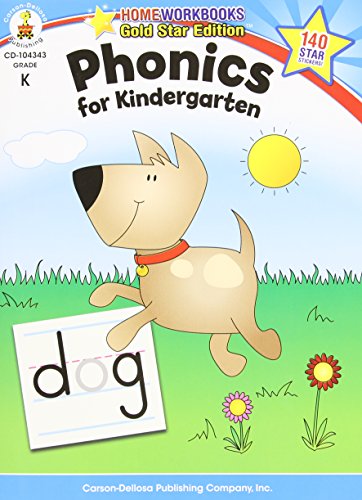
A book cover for Phonics for Kindergarten, Grade K (Home Workbook); Test Preparation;